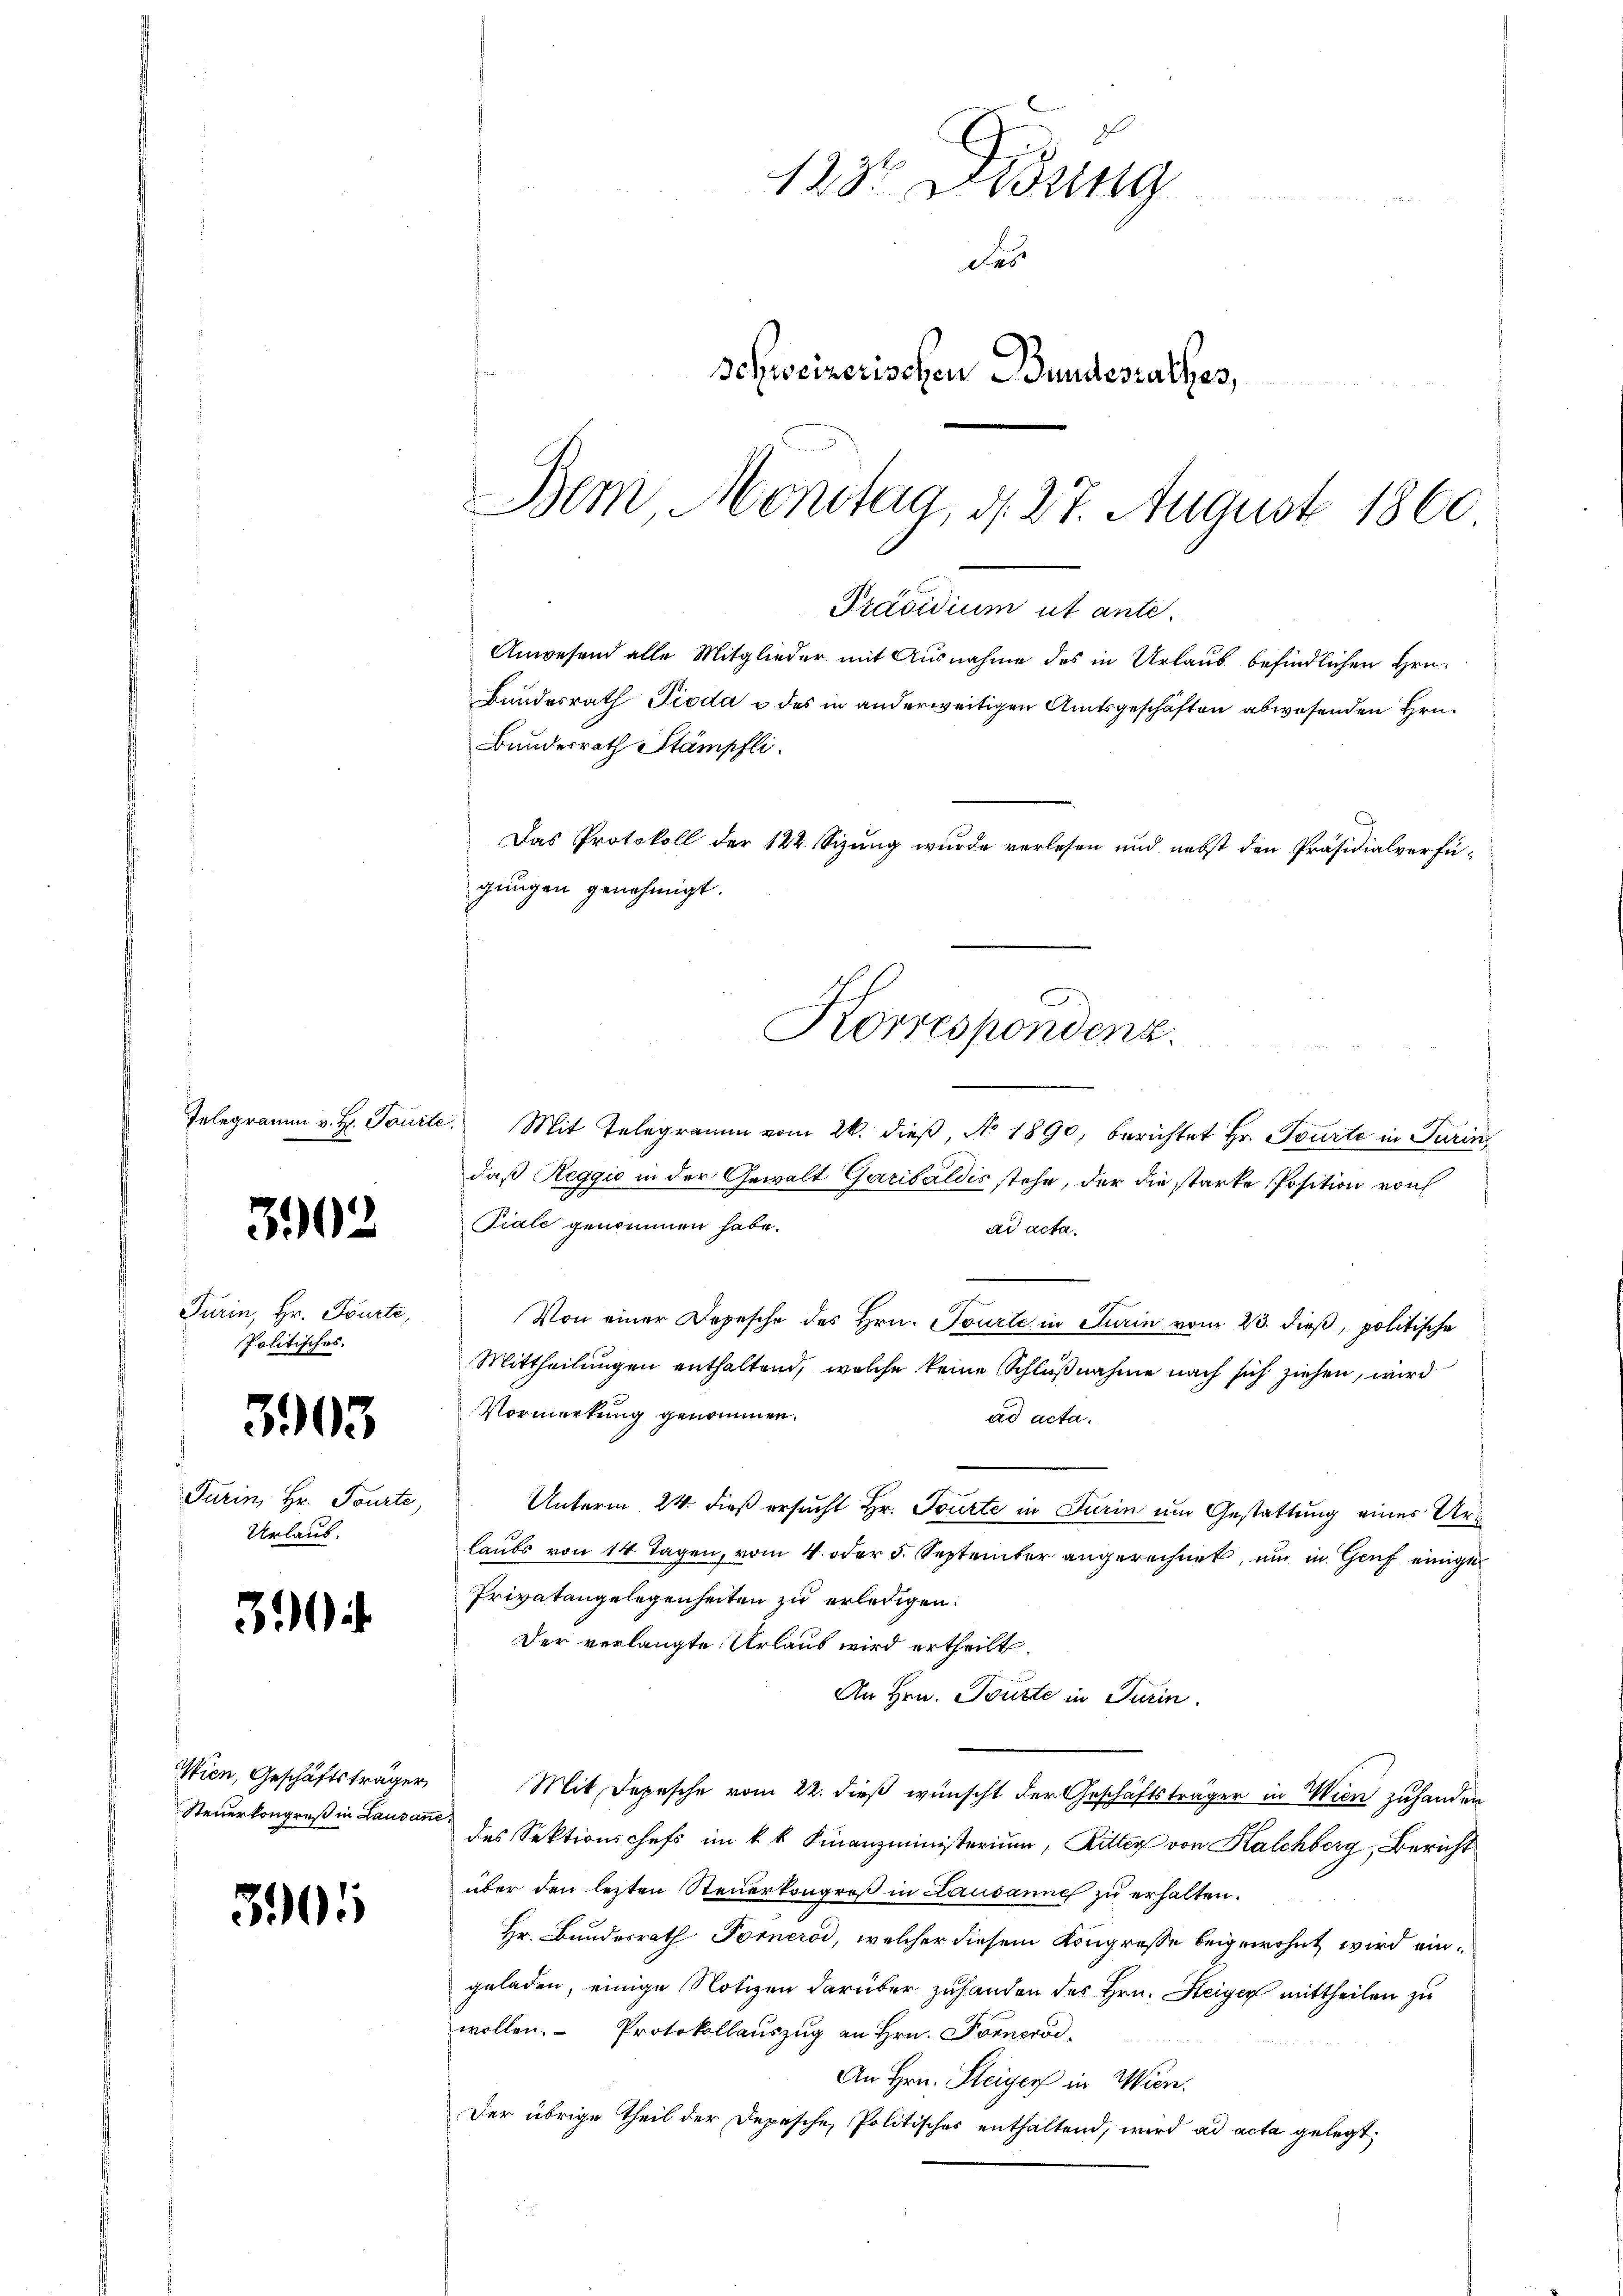
30

390

Turin, Hr. Tourte,
Politisches.

3

Turin, Hr. Tourte,
Urlaub.

3

Wien, Geschäftsträger,
Steuerkongreß in Lausa

305

123. Didung
des
Schweizerischen Bundesrathes,
Bem, Montag, d. 27. August 1860

Bundesrath Stämpfli

Präsidium ut ante¬
Anwesend alle Mitglieder mit Ausnahme des in Urlaub befindlichen Hrn.
Bundesrath Pioda u des in anderweitigen Amtsgeschäften abwesenden Hrn.
Das Protokoll der 122. Sizung wurde verlesen und nebst den Präsidialverfügungen genehmigt.
Korrespondenz.

Telegramm v. H. Tourte. Mit Telegramm vom 26. dieß, No 1890, berichtet Hr. Tourte in Turins
daß Reggio in der Gewalt Garibaldis stehe, der die starke Position von
Tiale genommen habe.
ad acta.
Von einer Depesche des Hrn. Tourte in Turin vom 23. dieß, politische
Mittheilungen enthaltend, welche keine Schlußnahme nach sich ziehen, wird
Vormerkung genommen.
ad acta.
Unterm 24. dieß ersucht Hr. Tourte in Turin um Gestattung eines Urlaubs von 14 Tagen, vom 4. oder 5. September angerechnet, um in Genf einige
Privatangelegenheiten zu erledigen.
Der verlangte Urlaus wird ertheilt.
An Hrn. Toute in Turin.
Mit Depesche vom 22. dieß wünscht der Geschäftsträger in Wien zuhanden
des Sektionschefs im k. k. Finanzministerium, Ritter von Kalchberg, Bericht
über den lezten Steuerkongreß in Lausanne zu erhalten.
Hr. Bundesrath Fornerod, welcher diesem Kongresse beigewohnt wird eingeladen, einige Notizen darüber zuhanden des Hrn. Steiger mittheilen zu
wollen. Protokollauszug an Hrn. Fornerod
An Hrn. Steigers in Wien.
Der übrige Theil der Depesche Politisches enthaltend, wird ad acta gelegt,